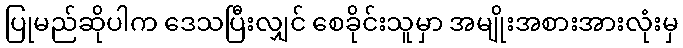
ပြုမည်ဆိုပါက ဒေသပြီးလျှင် စေခိုင်းသူမှာ အမျိုးအစားအားလုံးမှ